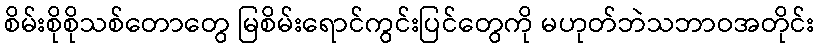
စိမ်းစိုစိုသစ်တောတွေ မြစိမ်းရောင်ကွင်းပြင်တွေကို မဟုတ်ဘဲသဘာဝအတိုင်း